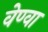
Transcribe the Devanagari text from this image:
वेण्वा